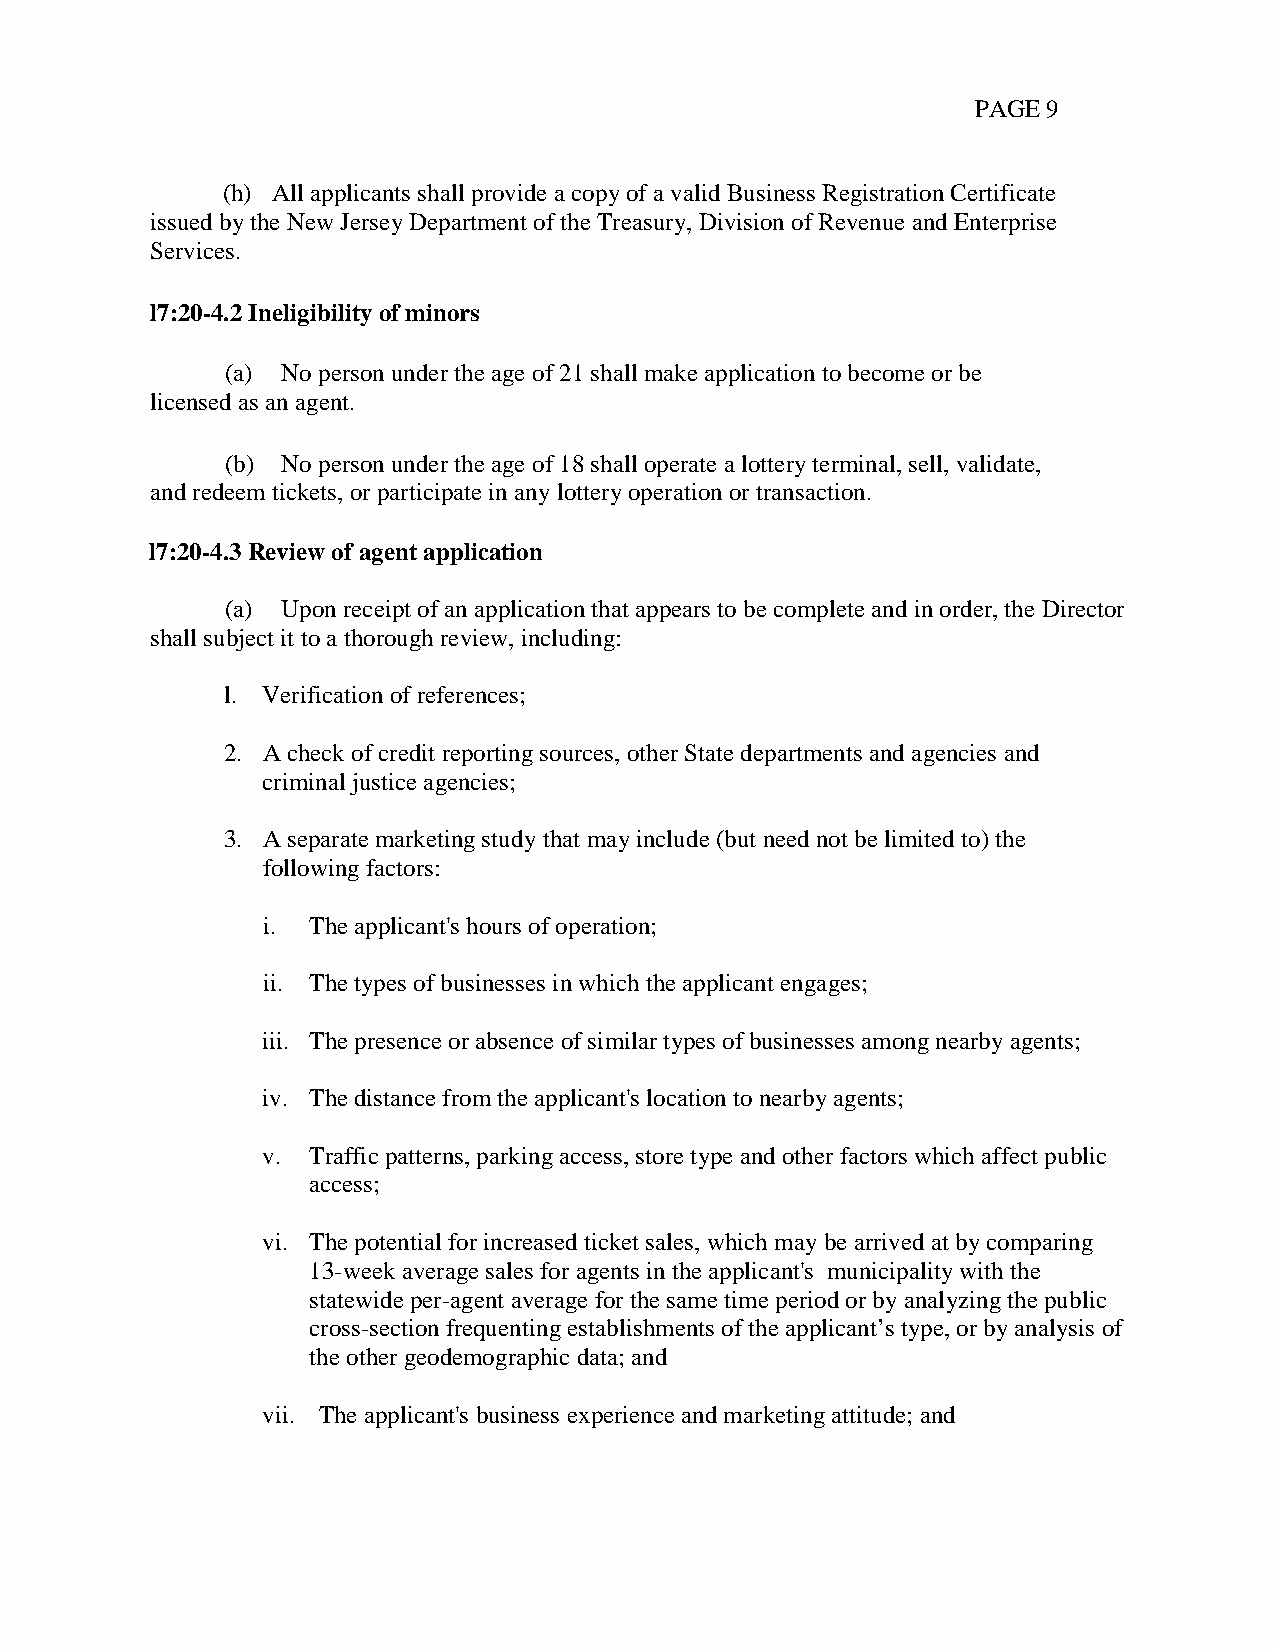
PAGE 9
 (h) All applicants shall provide a copy of a valid Business Registration Certificate
 issued by the New Jersey Department of the Treasury, Division of Revenue and Enterprise
 Services.
 l7:20-4.2 Ineligibility of minors
 (a) No person under the age of 21 shall make application to become or be
 licensed as an agent.
 (b) No person under the age of 18 shall operate a lottery terminal, sell, validate,
 and redeem tickets, or participate in any lottery operation or transaction.
 l7:20-4.3 Review of agent application
 (a) Upon receipt of an application that appears to be complete and in order, the Director
 shall subject it to a thorough review, including:
 l. Verification of references;
 2. A check of credit reporting sources, other State departments and agencies and
 criminal justice agencies;
 3. A separate marketing study that may include (but need not be limited to) the
 following factors:
 i. The applicant's hours of operation;
 ii. The types of businesses in which the applicant engages;
 iii. The presence or absence of similar types of businesses among nearby agents;
 iv. The distance from the applicant's location to nearby agents;
 v. Traffic patterns, parking access, store type and other factors which affect public
 access;
 vi. The potential for increased ticket sales, which may be arrived at by comparing
 13-week average sales for agents in the applicant's municipality with the
 statewide per-agent average for the same time period or by analyzing the public
 cross-section frequenting establishments of the applicant’s type, or by analysis of
 the other geodemographic data; and
 vii. The applicant's business experience and marketing attitude; and